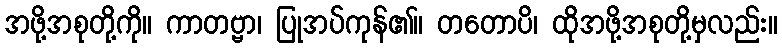
အဖို့အစုတို့ကို။ ကာတဗ္ဗာ၊ ပြုအပ်ကုန်၏။ တတောပိ၊ ထိုအဖို့အစုတို့မှလည်း။